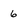
Character: 6